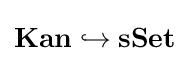
\mathbf {Kan} \hookrightarrow \mathbf {sSet}